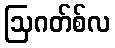
ဩဂတ်စ်လ